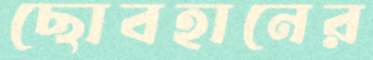
ছোবহানের